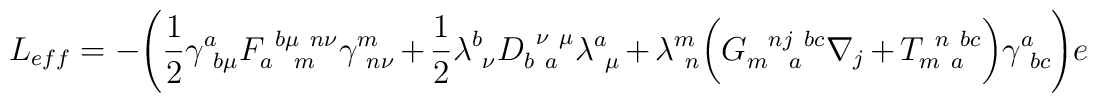
L_{eff} = - \Biggl( \frac{1}{2} \gamma^a_{~b \mu}F _{a~~m}^{~b \mu~ n \nu} \gamma^m_{~n \nu}  +\frac{1}{2} \lambda^b_{~\nu} D_{b~a}^{~\nu~\mu} \lambda^a_{~\mu }+ \lambda^m_{~n} \biggl( G^{~~n j ~b c}_{m ~~a} \nabla_ j +T^{~n~b c}_{m~ a} \biggr)\gamma^a_{~bc} \Biggr) e